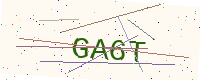
Text: GA6T